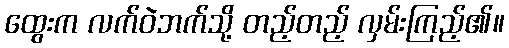
ထွေးက လက်ဝဲဘက်သို့ တည့်တည့် လှမ်းကြည့်၏။